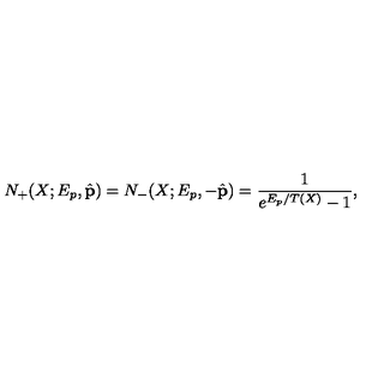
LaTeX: N _ { + } ( X ; E _ { p } , \hat { \bf p } ) = N _ { - } ( X ; E _ { p } , - \hat { \bf p } ) = \frac { 1 } { e ^ { E _ { p } / T ( X ) } - 1 } ,